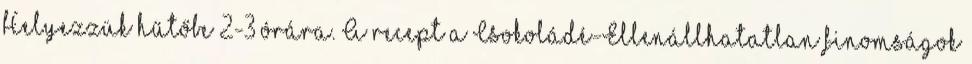
Helyezzük hűtőbe 2-3 órára. A recept a Csokoládé-Ellenállhatatlan finomságok